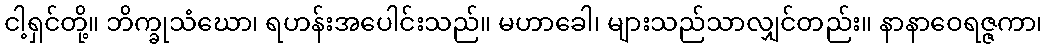
ငါ့ရှင်တို့။ ဘိက္ခုသံဃော၊ ရဟန်းအပေါင်းသည်။ မဟာခေါ၊ များသည်သာလျှင်တည်း။ နာနာဝေရဇ္ဇကာ၊